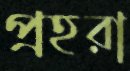
প্রহরা